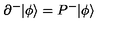
\partial ^ { - } | \phi \rangle = P ^ { - } | \phi \rangle